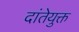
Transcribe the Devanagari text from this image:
दांतेयुक्त